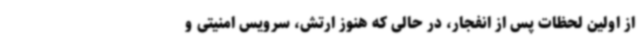
از اولین لحظات پس از انفجار، در حالی که هنوز ارتش، سرویس امنیتی و